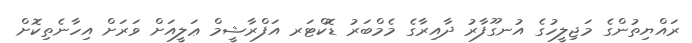
ރައްޔިތުންގެ މަޖިލީހުގެ އުނގޫފާރު ދާއިރާގެ މެމްބަރު ޑޮކްޓަރ އަފްރާޝީމް ޢަލީއަށް ވަރަށް އިހާނެތިކޮށް